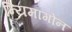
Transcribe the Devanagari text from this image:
न्यिमागोन